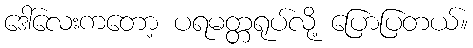
ဒေါ်လေးကတော့ ပရမတ္တရုပ်လို့ ပြောပြတယ်။